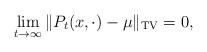
LaTeX: \begin{align*} \lim_{t\to\infty}\|P_{t}(x,\cdot)-\mu\|_{\mathrm{TV}}=0,\end{align*}